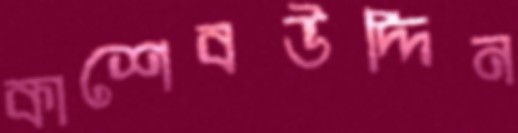
কাশেবউদ্দিন